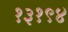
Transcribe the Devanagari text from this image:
१३१९४